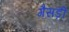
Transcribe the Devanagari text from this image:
गैसड़ी